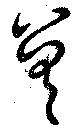
差